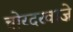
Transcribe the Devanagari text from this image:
चोरदरवाज़े